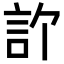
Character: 𬢞